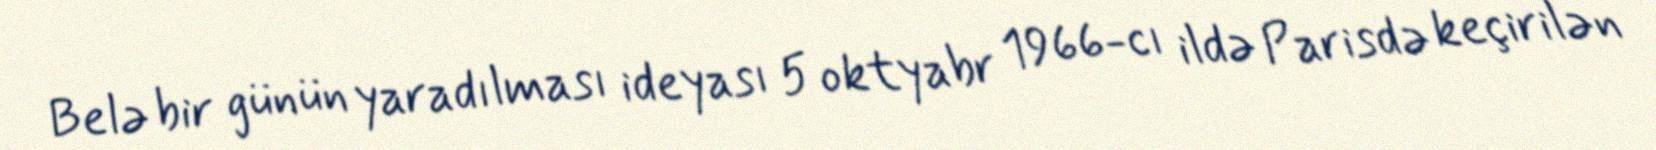
Belə bir günün yaradılması ideyası 5 oktyabr 1966-cı ildə Parisdə keçirilən